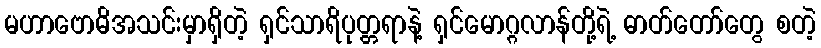
မဟာဗောဓိအသင်းမှာရှိတဲ့ ရှင်သာရိပုတ္တရာနဲ့ ရှင်မောဂ္ဂလာန်တို့ရဲ့ ဓာတ်တော်တွေ စတဲ့